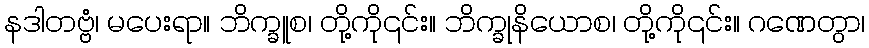
နဒါတဗ္ဗံ၊ မပေးရာ။ ဘိက္ခူစ၊ တို့ကို၎င်း။ ဘိက္ခုနိယောစ၊ တို့ကို၎င်း။ ဂဏေတွာ၊